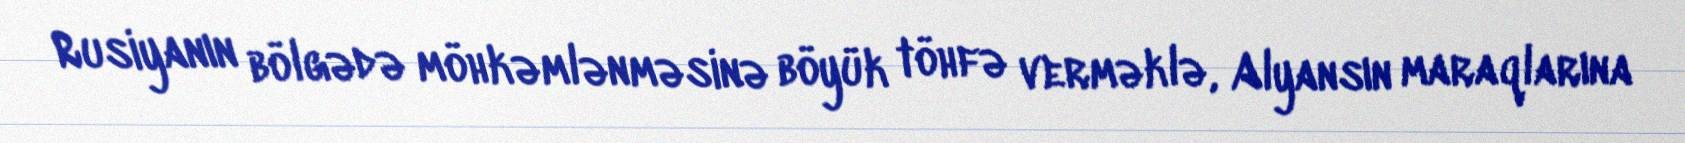
Rusiyanın bölgədə möhkəmlənməsinə böyük töhfə verməklə, Alyansın maraqlarına